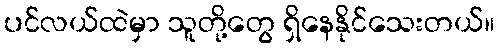
ပင်လယ်ထဲမှာ သူတို့တွေ ရှိနေနိုင်သေးတယ်။